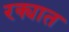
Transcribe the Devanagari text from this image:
रक्यात